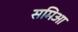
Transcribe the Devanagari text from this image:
समिआ